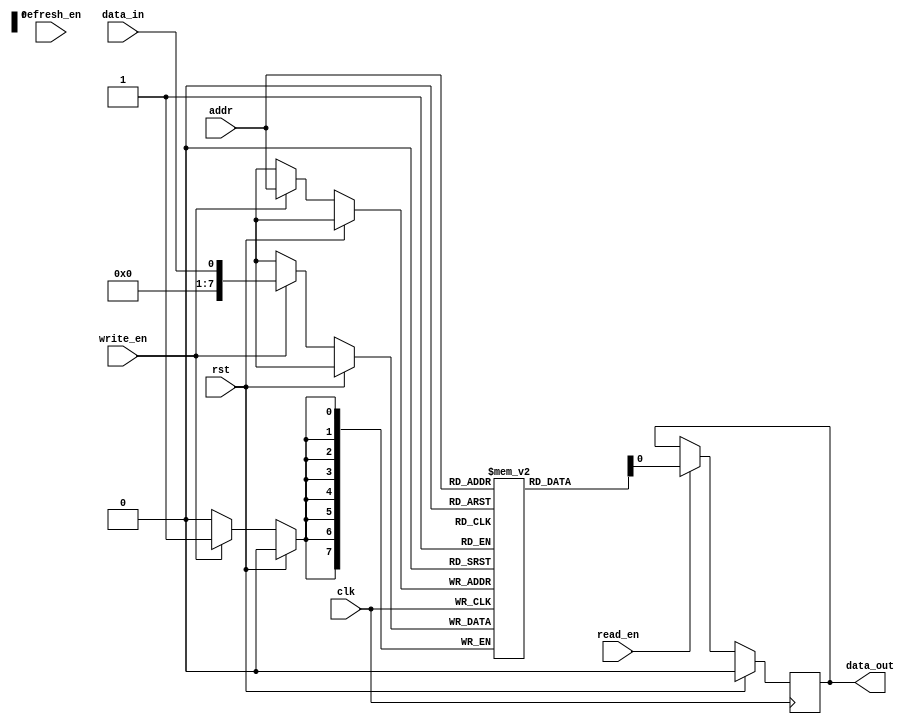
module DRAM(
    input wire clk,    // clock signal
    input wire rst,    // reset signal
    input wire read_en,    // enable read operation
    input wire write_en,   // enable write operation
    input wire refresh_en, // enable refresh operation
    input wire [7:0] addr, // address for memory access
    input wire data_in,    // data input for writing to memory
    
    output reg data_out   // data output for reading from memory
);

reg [7:0] memory [0:255];    // 256x8 memory array

always @(posedge clk) begin
    if(rst) begin
        data_out <= 8'b0;    // reset output data
    end else begin
        if(read_en) begin
            data_out <= memory[addr];
        end
        if(write_en) begin
            memory[addr] <= data_in;
        end
        if(refresh_en) begin
            // refresh memory cells
        end
    end
end

endmodule